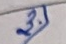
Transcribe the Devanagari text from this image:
३.१